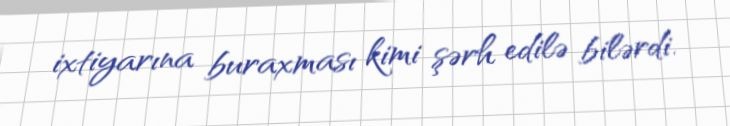
ixtiyarına buraxması kimi şərh edilə bilərdi.